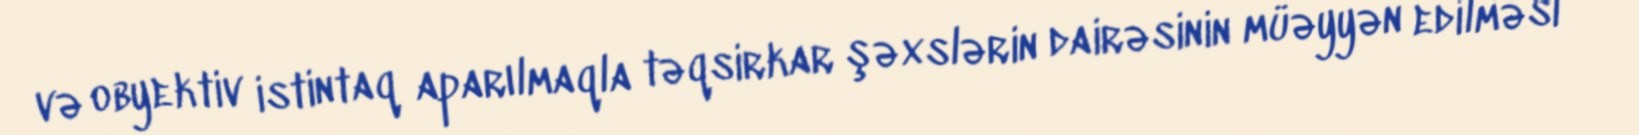
və obyektiv istintaq aparılmaqla təqsirkar şəxslərin dairəsinin müəyyən edilməsi